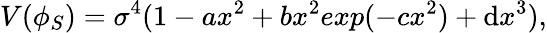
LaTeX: V(\phi_{S})=\sigma^{4}(1-ax^{2}+bx^{2}exp(-cx^{2})+\mathrm{d}x^{3}),